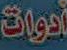
أدوات